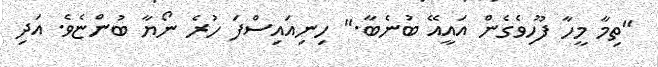
"ތިމާ މީހާ ފޫހިވެގެން އައީއޭ ބުނެބާ." ހިނިއައިސްފަ ހުރެ ނޯޔާ ބުންޏެވެ. އަދި